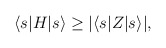
\begin{align*}\langle s | H | s \rangle \geq | \langle s | Z | s \rangle |,\end{align*}